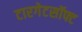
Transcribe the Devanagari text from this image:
टारगेटसॉफ्ट